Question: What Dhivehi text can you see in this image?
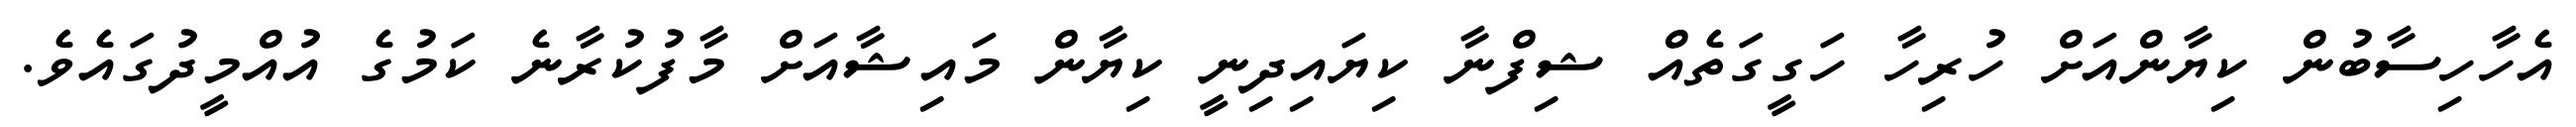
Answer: އެހާހިސާބުން ކިޔާންއަށް ހުރިހާ ހަގީގަތެއް ޝިފްނާ ކިޔައިދިނީ ކިޔާން މައިޝާއަށް މާފުކުރާނެ ކަމުގެ އުއްމީދުގައެވެ.